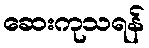
ဆေးကုသရန်